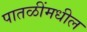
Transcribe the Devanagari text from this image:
पातळींमधील